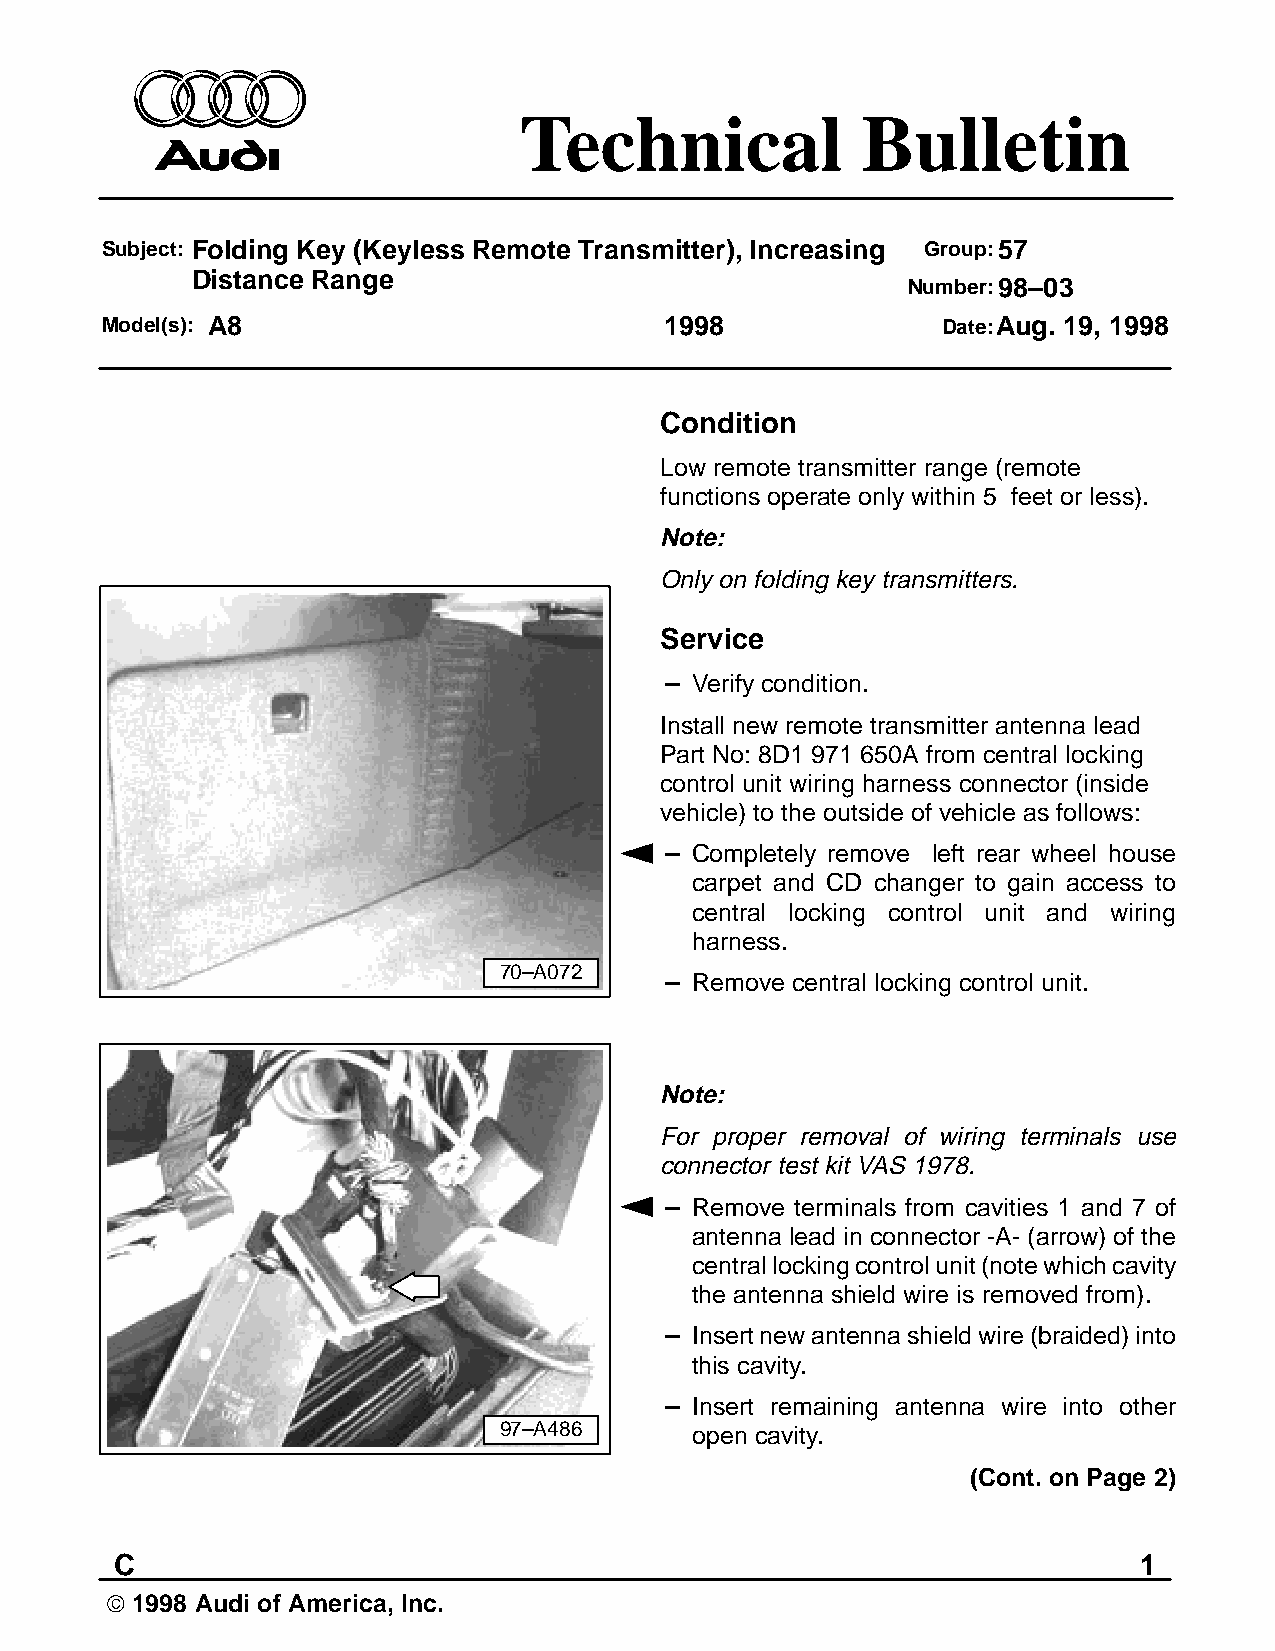
Technical              Bulletin
 Subject: Folding Key (Keyless Remote Transmitter), Increasing Group:57
 Distance Range
 Number:98–03
 Model(s): A8                         1998              Date:Aug. 19, 1998
 Condition
 Low remote transmitter range (remote
 functions operate only within 5 feet or less).
 Note:
 Only on folding key transmitters.
 Service
 – Verify condition.
 Install new remote transmitter antenna lead
 Part No: 8D1 971 650A from central locking
 control unit wiring harness connector (inside
 vehicle) to the outside of vehicle as follows:
 – Completely remove left rear wheel house
 carpet and CD changer to gain access to
 central locking control unit and wiring
 harness.
 70–A072
 – Remove central locking control unit.
 Note:
 For proper removal of wiring terminals use
 connector test kit VAS 1978.
 – Remove terminals from cavities 1 and 7 of
 antenna lead in connector -A- (arrow) of the
 central locking control unit (note which cavity
 the antenna shield wire is removed from).
 – Insert new antenna shield wire (braided) into
 this cavity.
 – Insert remaining antenna wire into other
 97–A486      open cavity.
 (Cont. on Page 2)
 C                                                                  1
 1998 Audi of America, Inc.